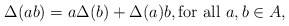
\begin{align*}\Delta(ab) = a\Delta(b) + \Delta(a)b, \mbox{for all $a,b\in A$,}\end{align*}